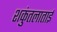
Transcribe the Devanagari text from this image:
शकुंतलाताई